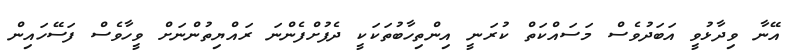
އޭނާ ވިދާޅުވީ އަބަދުވެސް މަސައްކަތް ކުރަނީ އިންތިހާބުތަކަކީ ދެފުށްފެންނަ ރައްޔިތުންނަށް ވީހާވެސް ފަސޭހައިން